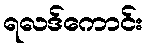
ရလဒ်ကောင်း